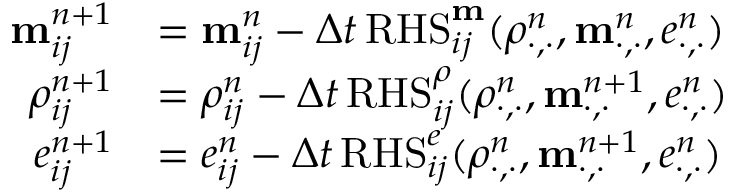
\begin{array} { r l } { \mathbf m _ { i j } ^ { n + 1 } } & { = \mathbf m _ { i j } ^ { n } - \Delta t \, \mathrm { R H S } _ { i j } ^ { \mathbf m } ( \rho _ { \cdot , \cdot } ^ { n } , \mathbf m _ { \cdot , \cdot } ^ { n } , e _ { \cdot , \cdot } ^ { n } ) } \\ { \rho _ { i j } ^ { n + 1 } } & { = \rho _ { i j } ^ { n } - \Delta t \, \mathrm { R H S } _ { i j } ^ { \rho } ( \rho _ { \cdot , \cdot } ^ { n } , \mathbf m _ { \cdot , \cdot } ^ { n + 1 } , e _ { \cdot , \cdot } ^ { n } ) } \\ { e _ { i j } ^ { n + 1 } } & { = e _ { i j } ^ { n } - \Delta t \, \mathrm { R H S } _ { i j } ^ { e } ( \rho _ { \cdot , \cdot } ^ { n } , \mathbf m _ { \cdot , \cdot } ^ { n + 1 } , e _ { \cdot , \cdot } ^ { n } ) } \end{array}